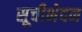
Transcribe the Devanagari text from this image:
सूचीभेदन